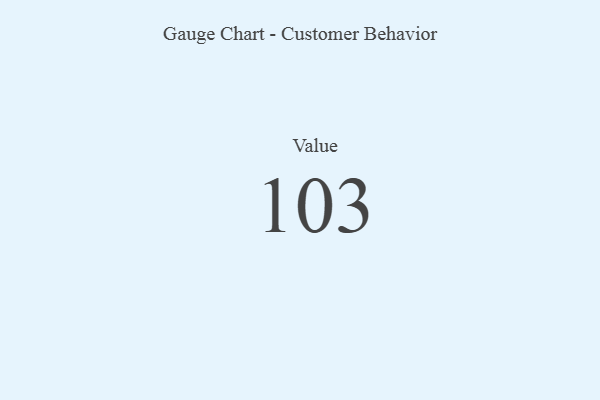
{"axis": {"x": "Metric", "y": "Value"}, "legend": [""], "data": [{"x": "Value", "y": 103, "type": ""}]}